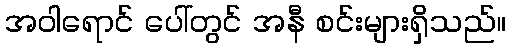
အဝါရောင် ပေါ်တွင် အနီ စင်းများရှိသည်။